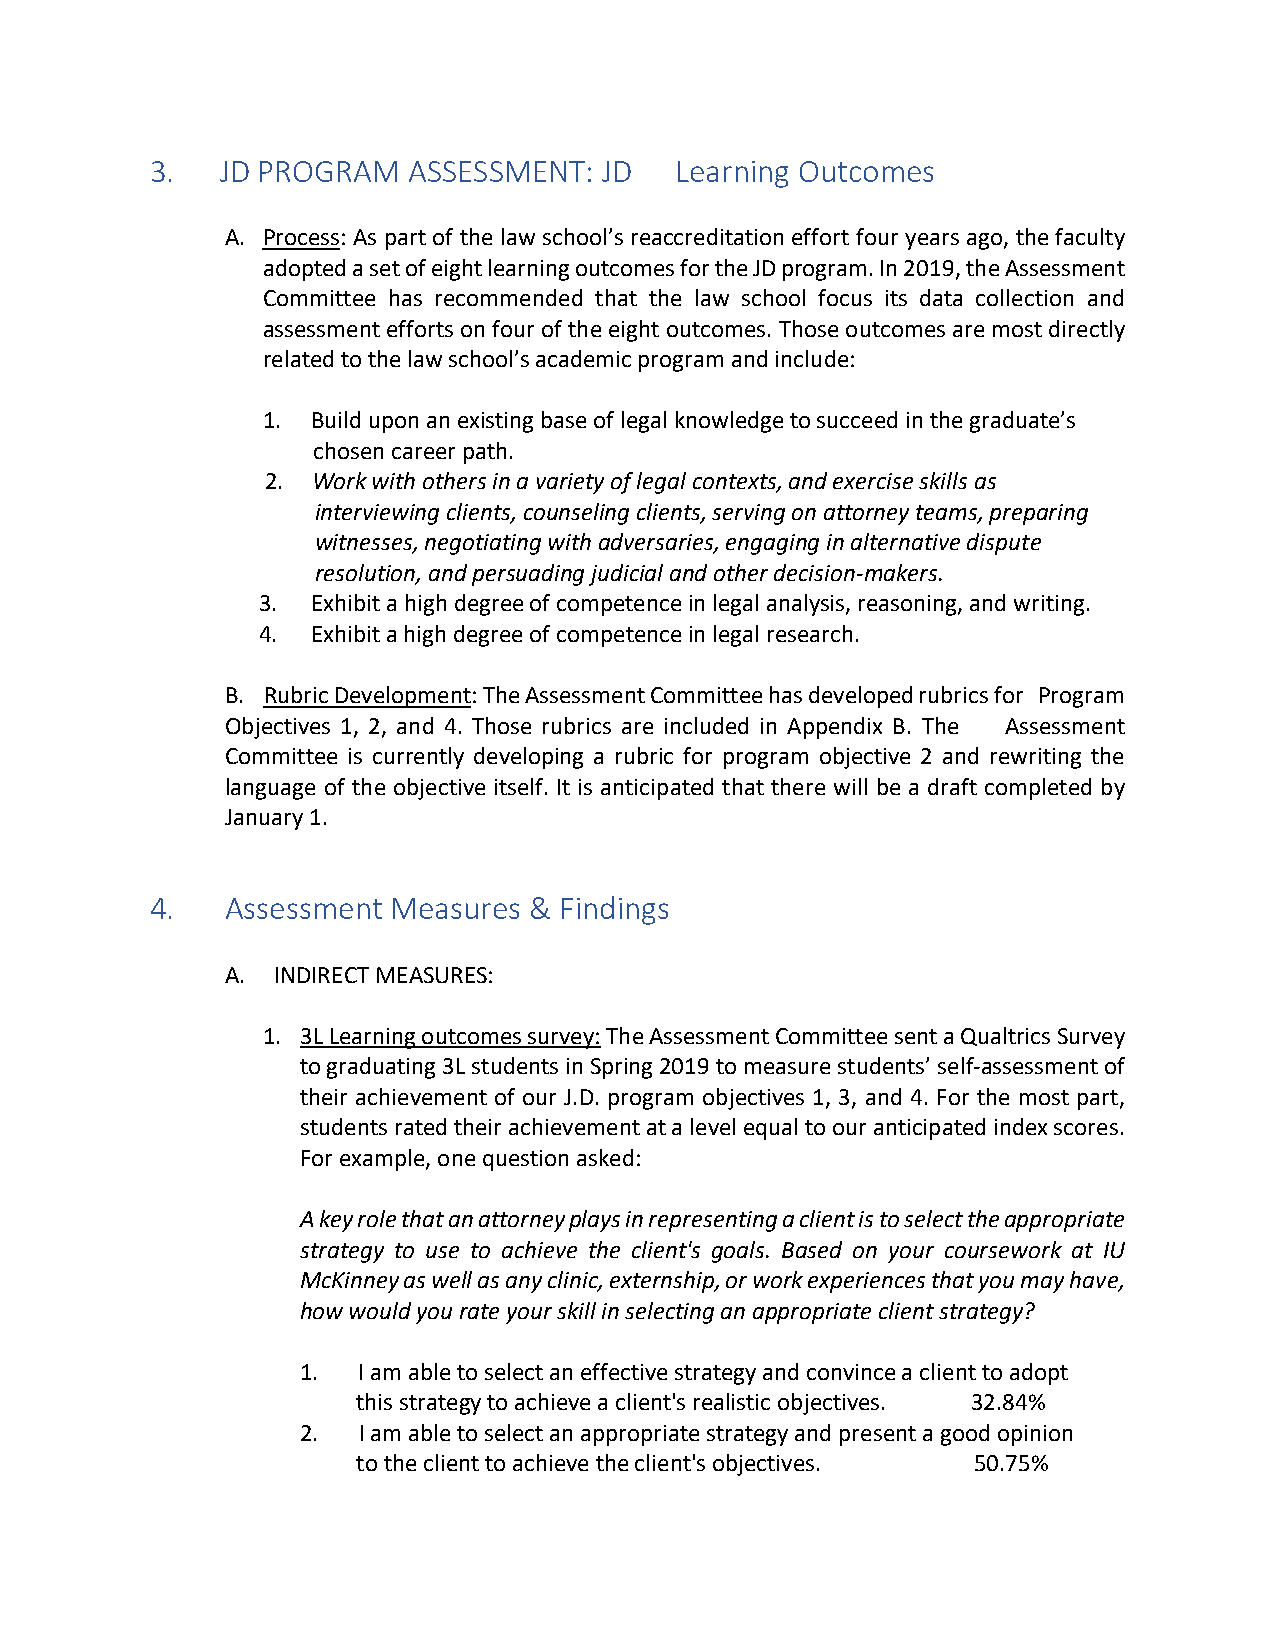
3.   JD PROGRAM  ASSESSMENT:  JD   Learning Outcomes
 A. Process: As part of the law school’s reaccreditation effort four years ago, the faculty
 adopted a set of eight learning outcomes for the JD program. In 2019, the Assessment
 Committee has recommended that the law school focus its data collection and
 assessment efforts on four of the eight outcomes. Those outcomes are most directly
 related to the law school’s academic program and include:
 1.  Build upon an existing base of legal knowledge to succeed in the graduate’s
 chosen career path.
 2. Work with others in a variety of legal contexts, and exercise skills as
 interviewing clients, counseling clients, serving on attorney teams, preparing
 witnesses, negotiating with adversaries, engaging in alternative dispute
 resolution, and persuading judicial and other decision-makers.
 3.  Exhibit a high degree of competence in legal analysis, reasoning, and writing.
 4.  Exhibit a high degree of competence in legal research.
 B. Rubric Development: The Assessment Committee has developed rubrics for Program
 Objectives 1, 2, and 4. Those rubrics are included in Appendix B. The Assessment
 Committee is currently developing a rubric for program objective 2 and rewriting the
 language of the objective itself. It is anticipated that there will be a draft completed by
 January 1.
 4.   Assessment Measures & Findings
 A. INDIRECT MEASURES:
 1. 3L Learning outcomes survey: The Assessment Committee sent a Qualtrics Survey
 to graduating 3L students in Spring 2019 to measure students’ self-assessment of
 their achievement of our J.D. program objectives 1, 3, and 4. For the most part,
 students rated their achievement at a level equal to our anticipated index scores.
 For example, one question asked:
 A key role that an attorney plays in representing a client is to select the appropriate
 strategy to use to achieve the client's goals. Based on your coursework at IU
 McKinney as well as any clinic, externship, or work experiences that you may have,
 how would you rate your skill in selecting an appropriate client strategy?
 1.  I am able to select an effective strategy and convince a client to adopt
 this strategy to achieve a client's realistic objectives. 32.84%
 2.  I am able to select an appropriate strategy and present a good opinion
 to the client to achieve the client's objectives. 50.75%